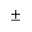
\pm